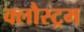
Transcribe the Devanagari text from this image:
क्लौस्ट्रम